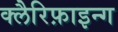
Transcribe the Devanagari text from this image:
क्लैरिफ़ाइन्ग